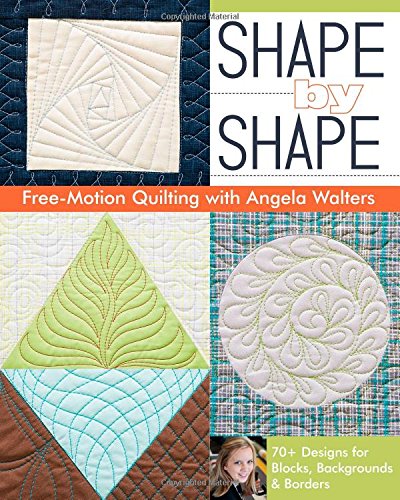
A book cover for Shape by Shape Free-Motion Quilting with Angela Walters: 70+ Designs for Blocks, Backgrounds & Borders; Angela Walters; Crafts, Hobbies & Home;